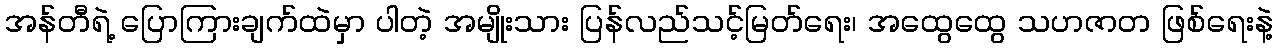
အန်တီရဲ့ ပြောကြားချက်ထဲမှာ ပါတဲ့ အမျိုးသား ပြန်လည်သင့်မြတ်ရေး၊ အထွေထွေ သဟဇာတ ဖြစ်ရေးနဲ့